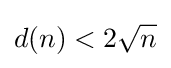
d(n)<2{\sqrt {n}}